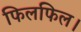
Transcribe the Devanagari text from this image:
फिलफिल।